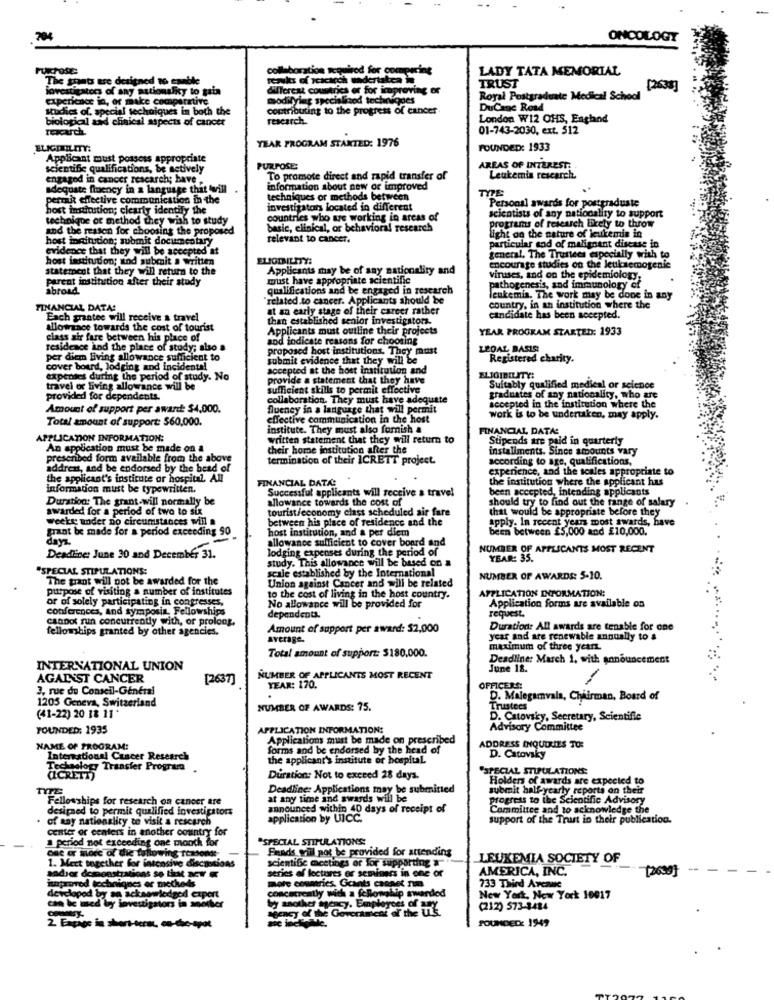
ONCOLOGY
collaboration acquired for comparing
LADY TATA MEMORIAL
The grants are designed to enable
remkes of icicicch undertaken in
lovestigaters of any nationality to gain
different countries or for improving or
TRUST
[2638]
experience in, or make comparative
modilying specialized techniques
Royal Postgraduate Medical School
Studies of. special techniques in both the
contributing to the progress of cancer
DuCane Road
biological and clinical aspects of cancer
research
London W12 OHS, England
01-743-2030, ext. 512
YEAR PROGRAM STARTED: 1976
ELIGINTILITY:
FOUNDED: 1933
Applicant must possess appropriate
scientific qualifications, be actively
PURPOSE:
AREAS OF INTEREST:
engaged in cancer research; have -
To promote direct and rapid transfer of
Leukemia research
adequate fluency in a language that will
tage that will
information about new or improved
TYPE
permit effective communication in the
techniques or methods between
Personal awards for postgraduate
host institution; clearly identify the
investigators located in different
scientists of any nationality to support
technique or method they wish to study
countries who are working in arcas of
and the reason for choosing the proposed
basic, clinical, or behavioral research
light on the nature of leukemia in
programs of research Ekely to throw
host inaitution; submit documentary
relevant to cancer.
vidence that they will be accepted at
particular end of malignant disease in
host institution; and submit a written
ELIOTNILITY:
general. The Trustees especially with to
statement that they will return to the
Applicants may be of any nationality and
encourage studies on the Jeuksemogenic
parent institution after their study
must have appropriate scientific
viruses, and on the epidemiology,
abroad
qualifications and be engaged in research
pathogenesis, and immunology of
"related.to cancer. Applicants should be
leukemia. The work may be done in any
FINANCIAL DATA!
at an early stage of their career rather
country, in an institution where the
Each grantee will receive a travel
than established senior investigators.
candidate has been accepted.
allowance towards the cost of tourist
Applicants must outline their projects
YEAR PROGRAM STARTED: 1933
class air fare between his place of
and indicate reasons for choosing
residence and the place of study; also a
proposed host institutions. They must
LEDAL BASIS!
per diem living allowance sufficient to
submit evidence that they will be
Registered charity.
cover board, lodging and incident !!
accepted at the host institution and
expenses during the period of study. No
provide a statement that they have
travel or living allowance will be
sufficient skills to permit effective
Suitably qualified medical or seience
provided for dependents.
collaboration. They must have adequate
graduates of any nationality, who are
Amount of support per award: $4,000.
Queney in a language that will permit
accepted in the institution where the
Total amount of support: $60,000.
effective communication in the host
Work is to be underuken, may apply.
institute. They must also forish a
FINANCIAL DATA:
APPLICATION INFORMATION:
written statement that they will return to
Stipends are paid in quarterly
An application must be made on a
their home institution after the
installments. Since amounts vary
prescribed form available from the above
termination of their ICRETT project.
according to age, qualifications,
addres, and be endorsed by the head of
experience, and the scales appropriate to
the applicant's institute or hospital. All
FINANCIAL DATA:
the institution where the applicant has
Information must be typewritten.
Successful applicants will receive a travel
been accepted, intending applicants
Duration: The grant-will normally be
allowance towards the cost of
should try to find out the range of salary
awarded for a period of two to six
tourist/economy class scheduled air fare
that would be appropriate before they
weeky under no circumstances will a
between his place of residence and the
apply. In recent years most awards, have
grant be made for a period exceeding 90
host institution, and a per diem
been between £5,000 and £10,000.
dayz.
allowance sufficient to cover board and
lodging expenses during the period of
NUMBER OF APPLICANTS MOST RECENT
Deadline: June 30 and December 31.
study. This allowance will be based on a
YEAR: 35.
*SPECIAL STIPULATIONS:
scale established by the International
The grant will pot be awarded for the
Union against Cancer and will be related
NUMBER OF AWARDS: 5-10.
Purpose of visiting a number of institutes
APPLICATION INFORMATION:
or of solely participating in congresses,
to the cost of living in the host country.
conferences, And symposia, Fellowships
No allowance will be provided for
Application forms are available on
request.
canDot fun concurrently with, or prolong.
dependents.
fellowships granted by other agencies.
Amount of support per award: $2,000
Duration: All awards are tenable for one
Average-
year and are renewable annually to &
maximum of three years
Total amount of support: $180,000.
Deadline: March 1. with announcement
INTERNATIONAL UNION
June 18.
AGAINST CANCER
[2637]
NUMBER OF APPLICANTS MOST RECENT
3, rue du Conseil-Général
YEAR: 170.
OFFICERS:
D. Malegamvala, Chairman, Board of
1205 Geneva, Switzerland
(41-22) 20 18 11*
NUMBER OF AWARDS: 75.
Trustees
D. Catovsky, Secretary, Scientific
FOUNDED: 1935
APPLICATION INFORMATION:
Advisory Committee
Applications must be made on prescribed
NAME OF PROGRAM:
forms and be endorsed by the head of
ADDRESS INQUIRIES TO:
International Cancer Research
the applicant's institute or hospital
D. Catovsky
Technology Transfer Program
SPECIAL STIPULATIONS:
(CRETT)
Duration: Not to exceed 28 days.
Holders of awards are expected to
Deadline: Applications may be submitted
submit half-yearly reports
reports on their
Fellowships for research on cancer are
me and swards will be
progress to the Scientific Advisory
designed to permit qualified investigators
announced within 40 days of receipt of
Committee and to acknowledge the
of any nationality to visit a rescarch
application by UICC.
support of the Trust in their publication.
center of centers in another country for
a period not exceeding one month for
"SPECIAL STIPULATIONS:
one or more of die following reasons :-
Funds will not be provided for attending
1. Mert together for intensive discavions
LEUKEMIA SOCIETY OF
scientific meetings er for supporting &
series of lectures er seminess in one or
AMERICA, INC.
[2639]
itproved techniques er metheds
more countries. Gcants cannet nu
concotroatly with a fellowalio
wouahip awarded
733 Third Avenue
developed by sa acknowledged expert
New York, New York 10017
can be med by investigators in moother
agency of the Government of the Uk.
by another sency. Employees of sey
(212) 573-3484
2. Expage in short-termt. co-the-spot
POUNDED: 1949